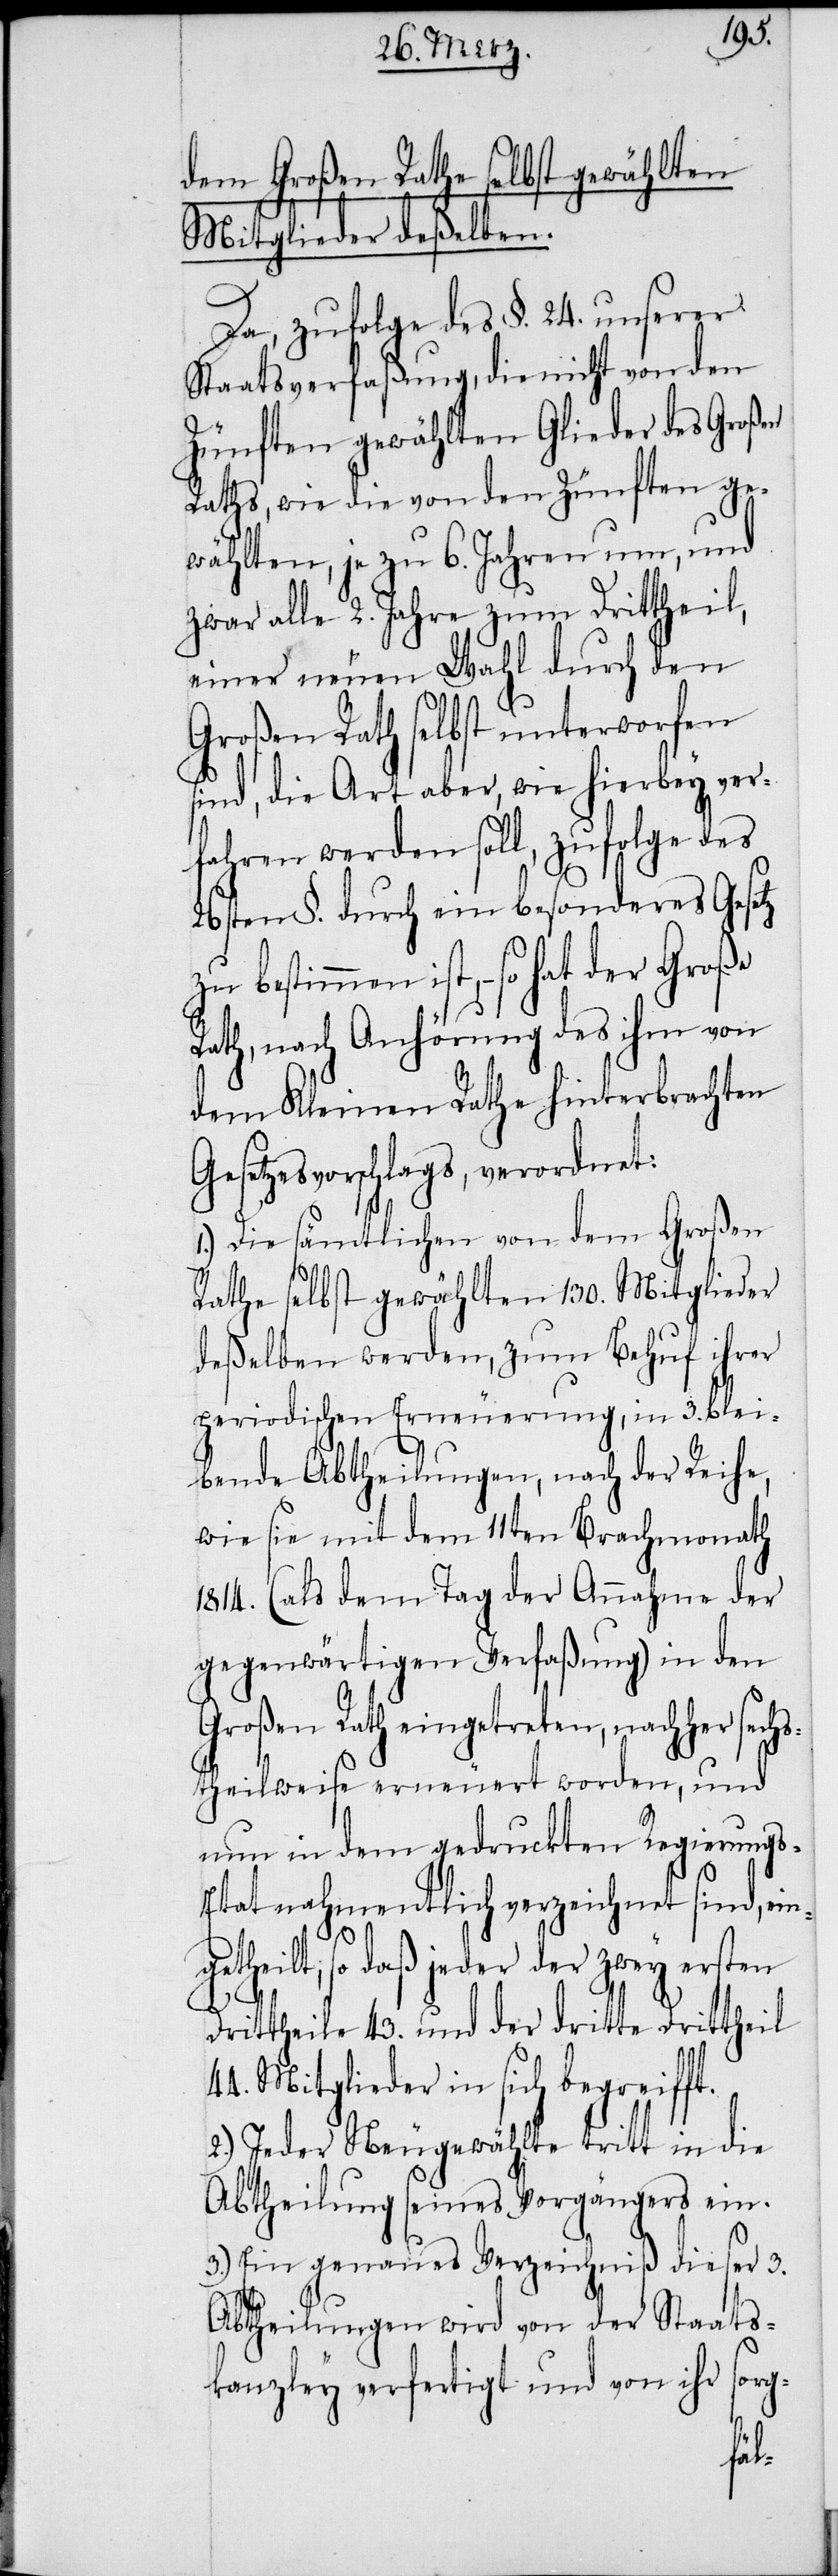
g¬
dem Großen Rathe selbst gewählten
Mitglieder deßelben.
Da, zufolge des §. 24. unserer
Staatsverfaßung, die nicht von den
Zünften gewählten Glieder des Großen
Raths, wie die von den Zünften ge¬
wählten, je zu 6. Jahren um, und
zwar alle 2. Jahre zum Drittheil,
einer neuen Wahl durch den
Großen Rath selbst unterworfen
sind, die Art aber, wie hierbey ver¬
fahren werden soll, zufolge des
26sten §. durch ein besonderes Gesetz
zu bestimmen ist, − so hat der
Rath, nach Anhörung des ihm von
dem Kleinen Rathe hinterbrachten
Gesetzesvorschlags, verordnet:
1.) Die sämtlichen von dem Großen
Rathe selbst gewählten 130. Mitglieder
deßelben werden, zum Behuf ihrer
periodischen Erneuerung, in 3. blei¬
bende Abtheilungen, nach der Reihe,
wie sie mit dem 11ten Brachmonath
1814. (als dem Tag der Annahme der
gegenwärtigen Verfaßung) in den
Großen Rath eingetreten, nachher sechs¬
theilweise erneuert worden, und
nun in dem gedruckten Regierung¬
tat nahmentlich verzeichnet sind, ein¬
etheilt, so daß jeder der zwey ersten
Drittheile 43. und der dritte Drittheil
Mitglieder in sich begreifft.
2.) Jeder Neugewählte tritt in die
Abtheilung seines Vorgängers ein.
3.) Ein genaues Verzeichniß dieser 3.
Abtheilungen wird von der Staats¬
kanzley verfertigt und von ihr sorg-
s-E¬